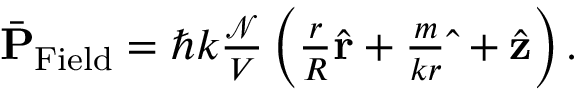
\begin{array} { r } { \bar { \bf P } _ { \mathrm { F i e l d } } = \hbar k \frac { \mathcal N } { V } \left( \frac { r } { R } \hat { \bf r } + \frac { m } { k r } \hat { \bf \Phi } + \hat { \bf z } \right) . } \end{array}